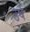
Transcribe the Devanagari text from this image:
उर्ष